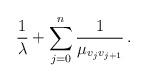
LaTeX: \begin{align*} \frac{1}{\lambda} + \sum_{j = 0}^{n} \frac{1}{\mu_{v_{j} v_{j+1}}} \,.\end{align*}